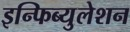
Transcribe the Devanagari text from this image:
इन्फिब्युलेशन